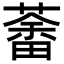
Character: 𦼞